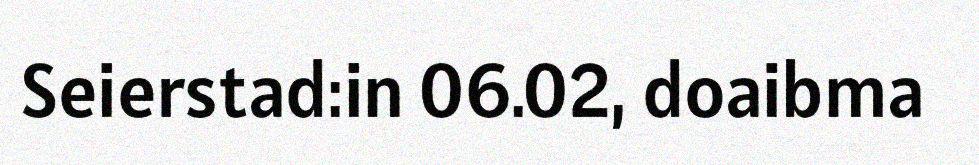
Seierstad:in 06.02, doaibma